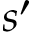
s ^ { \prime }